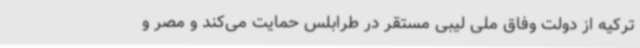
ترکیه از دولت وفاق ملی لیبی مستقر در طرابلس حمایت می‌کند و مصر و